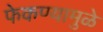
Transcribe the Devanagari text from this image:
फेकण्यामुळे